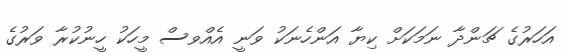
އަހަރުގެ ޗަންދާ ނަމަކަށް ކިޔާ އަންހެނަކު ވަނީ އެއްވސް މީހަކު ހީނުކުރާ ވަރުގެ